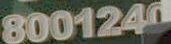
8001240